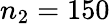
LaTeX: n_{2}=150